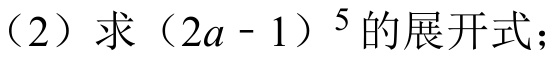
（2）求\((2a - 1)^{5}\)的展开式；